Vaccination returns of the Province of Eastern Bengal and Assam - 1905-1912
Year: 1905
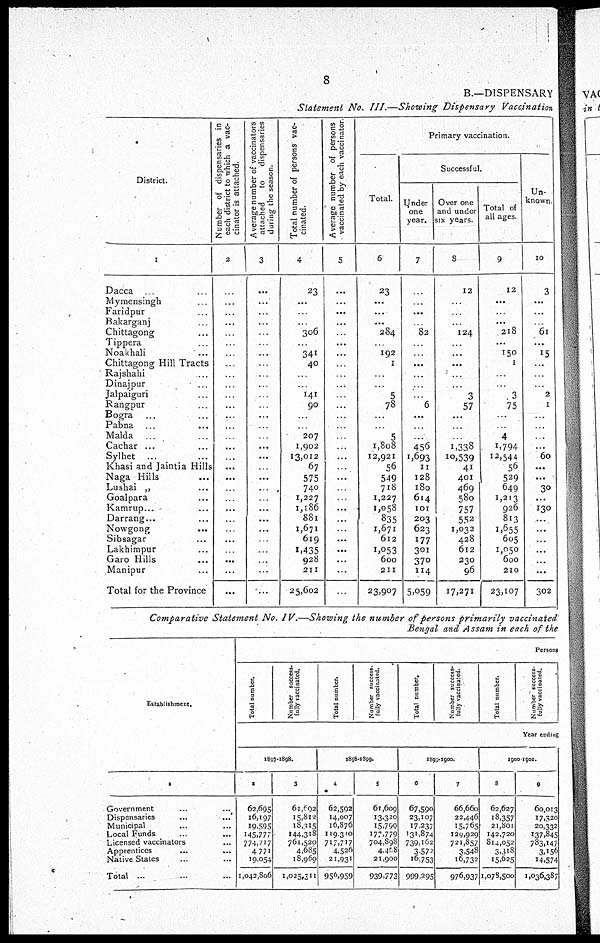
8
B.—DISPENSARY
Statement No. III.—Showing Dispensary Vaccination
District.
1
Dacca...
Mymensingh...
...
Faridpur... ...
Bakarganj... ...
Chittagong...
Tippera... ...
Noakhali... ...
Chittagong Hill Tracts
Rajshahi... ...
Dinajpur... ...
Jalpaiguri... ...
Rangpur... ...
Bogra... ...
Pabna... ... ...
Malda... ... ...
Cachar... ...
Sylhet... ...
Khasi and Jaintia Hills
Naga Hills...
Lushai „ ...
Goalpara... ...
Kamrup...
Darrang...
Nowgong... ...
Sibsagar... ...
Lakhimpur... ...
Garo Hills... ...
Manipur... ...
Total for the Province
Number of dispensaries in
each district to which a vac-
cinator is attached.
2
...
...
...
...
...
...
...
...
...
...
...
...
...
...
...
...
...
...
...
...
...
...
...
...
...
...
...
...
...
Average number of vaccinators
attached
to
dispensaries
during the season.
3
...
...
...
...
...
...
...
...
..
...
...
...
...
...
...
...
...
...
...
...
...
...
...
...
...
...
...
...
...
Total number of persons vac-
cinated.
4
23
...
...
...
306
...
341
40
...
...
141
90
...
..
207
1,902
13,012
67
575
740
1,227
1,186
881
1,671
619
1,435
928
211
25,602
Average number of persons
vaccinated by each vaccinator.
5
...
...
...
...
...
...
...
...
...
...
...
...
...
...
...
...
...
...
...
...
...
...
...
...
...
...
...
...
...
Primary vaccination.
Total.
6
23
...
...
...
284
...
192
1
...
...
5
78
...
...
5
1,808
12,921
56
549
718
1,227
1,058
835
1,671
612
1,053
600
211
23,907
Successful.
Under
one
year.
7
...
...
...
...
82
...
...
...
...
...
...
6
...
...
...
456
1,693
11
128
180
614
101
203
623
177
301
370
114
5,059
Over one
and under
six years.
8
12
...
...
...
124
...
...
...
...
...
3
57
...
...
...
1,338
10,539
41
401
469
580
757
552
1,032
428
612
230
96
17,371
Total of
all ages.
9
12
...
...
...
218
...
150
1
...
...
3
75
...
...
4
1,794
12,544
56
529
649
1,213
926
813
1,655
605
1,050
600
210
23,107
Un-
known.
10
3
...
...
...
61
...
15
...
...
...
2
1
...
...
...
...
60
...
...
30
...
130
...
...
...
...
...
...
302
Comparative Statement No. IV.—Showing the number of persons primarily vaccinated
Bengal and Assam in each of the
Establishment.
1
Government... ... ...
Dispensaries... ...
Municipal... ...
Local Funds... ...
Licensed vaccinators... ...
Apprentices...
...
Native States... ...
Total ...
Persons
Total number.
Number success-
fully vaccinated.
Total number.
Number success-
fully vaccinated.
Total number.
Number success-
fully vaccinated.
Total number.
Number success-
fully vaccinated.
Year ending
1897-1898.
2
62,695
16,197
19,595
145,777
774,717
4,771
19,054
1,042,806
3
61,692
15,812
18,315
144,318
761,520
4,685
18,960
1,025,311
1898-1899.
4
62,592
14,007
16,876
119,310
717,717
4,526
21,931
956,959
5
61,609
13,320
15,799
177,779
704,898
4,468
21,900
939,773
1899-1900.
6
67,590
23,107
17,237
131,874
739,162
3,072
16,753
999,295
7
66,660
22,446
15,765
129,929
721,857
3,548
16,732
976,937
1900-1901.
8
62,627
18,357
21,801
142,720
814,052
3,318
15,625
1,078,500
9
60,013
17,320
20,332
137,845
783,147
3,156
14,574
1,036,387